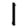
Digit: 1